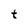
Character: t